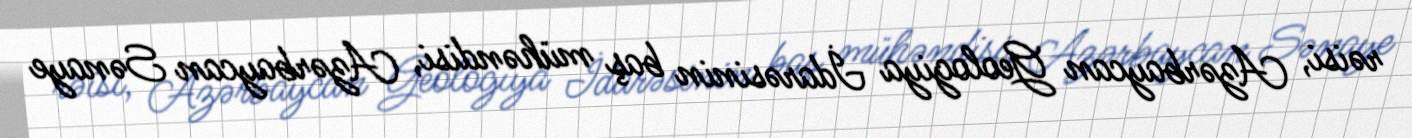
rəisi, Azərbaycan Geologiya İdarəsinin baş mühəndisi, Azərbaycan Sənaye